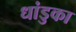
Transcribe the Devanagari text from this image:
धांडुका